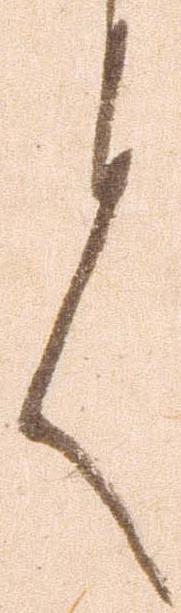
言